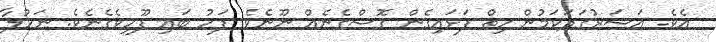
އެވެ. އަސަރުގަދަކަމުން ހިތް ފަޅައިގެން ގޮސްގެނެއް ނޫނެވެ. ފަހު ބައި ފޫހިވެގެނެވެ. ނަހުލާ